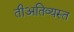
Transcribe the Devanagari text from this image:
तीअतिव्यस्त